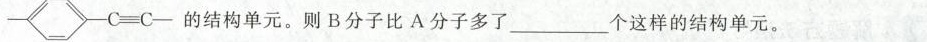
-C\equiv C-的结构单元。则B分子比A分子多了 ___ 个这样的结构单元。